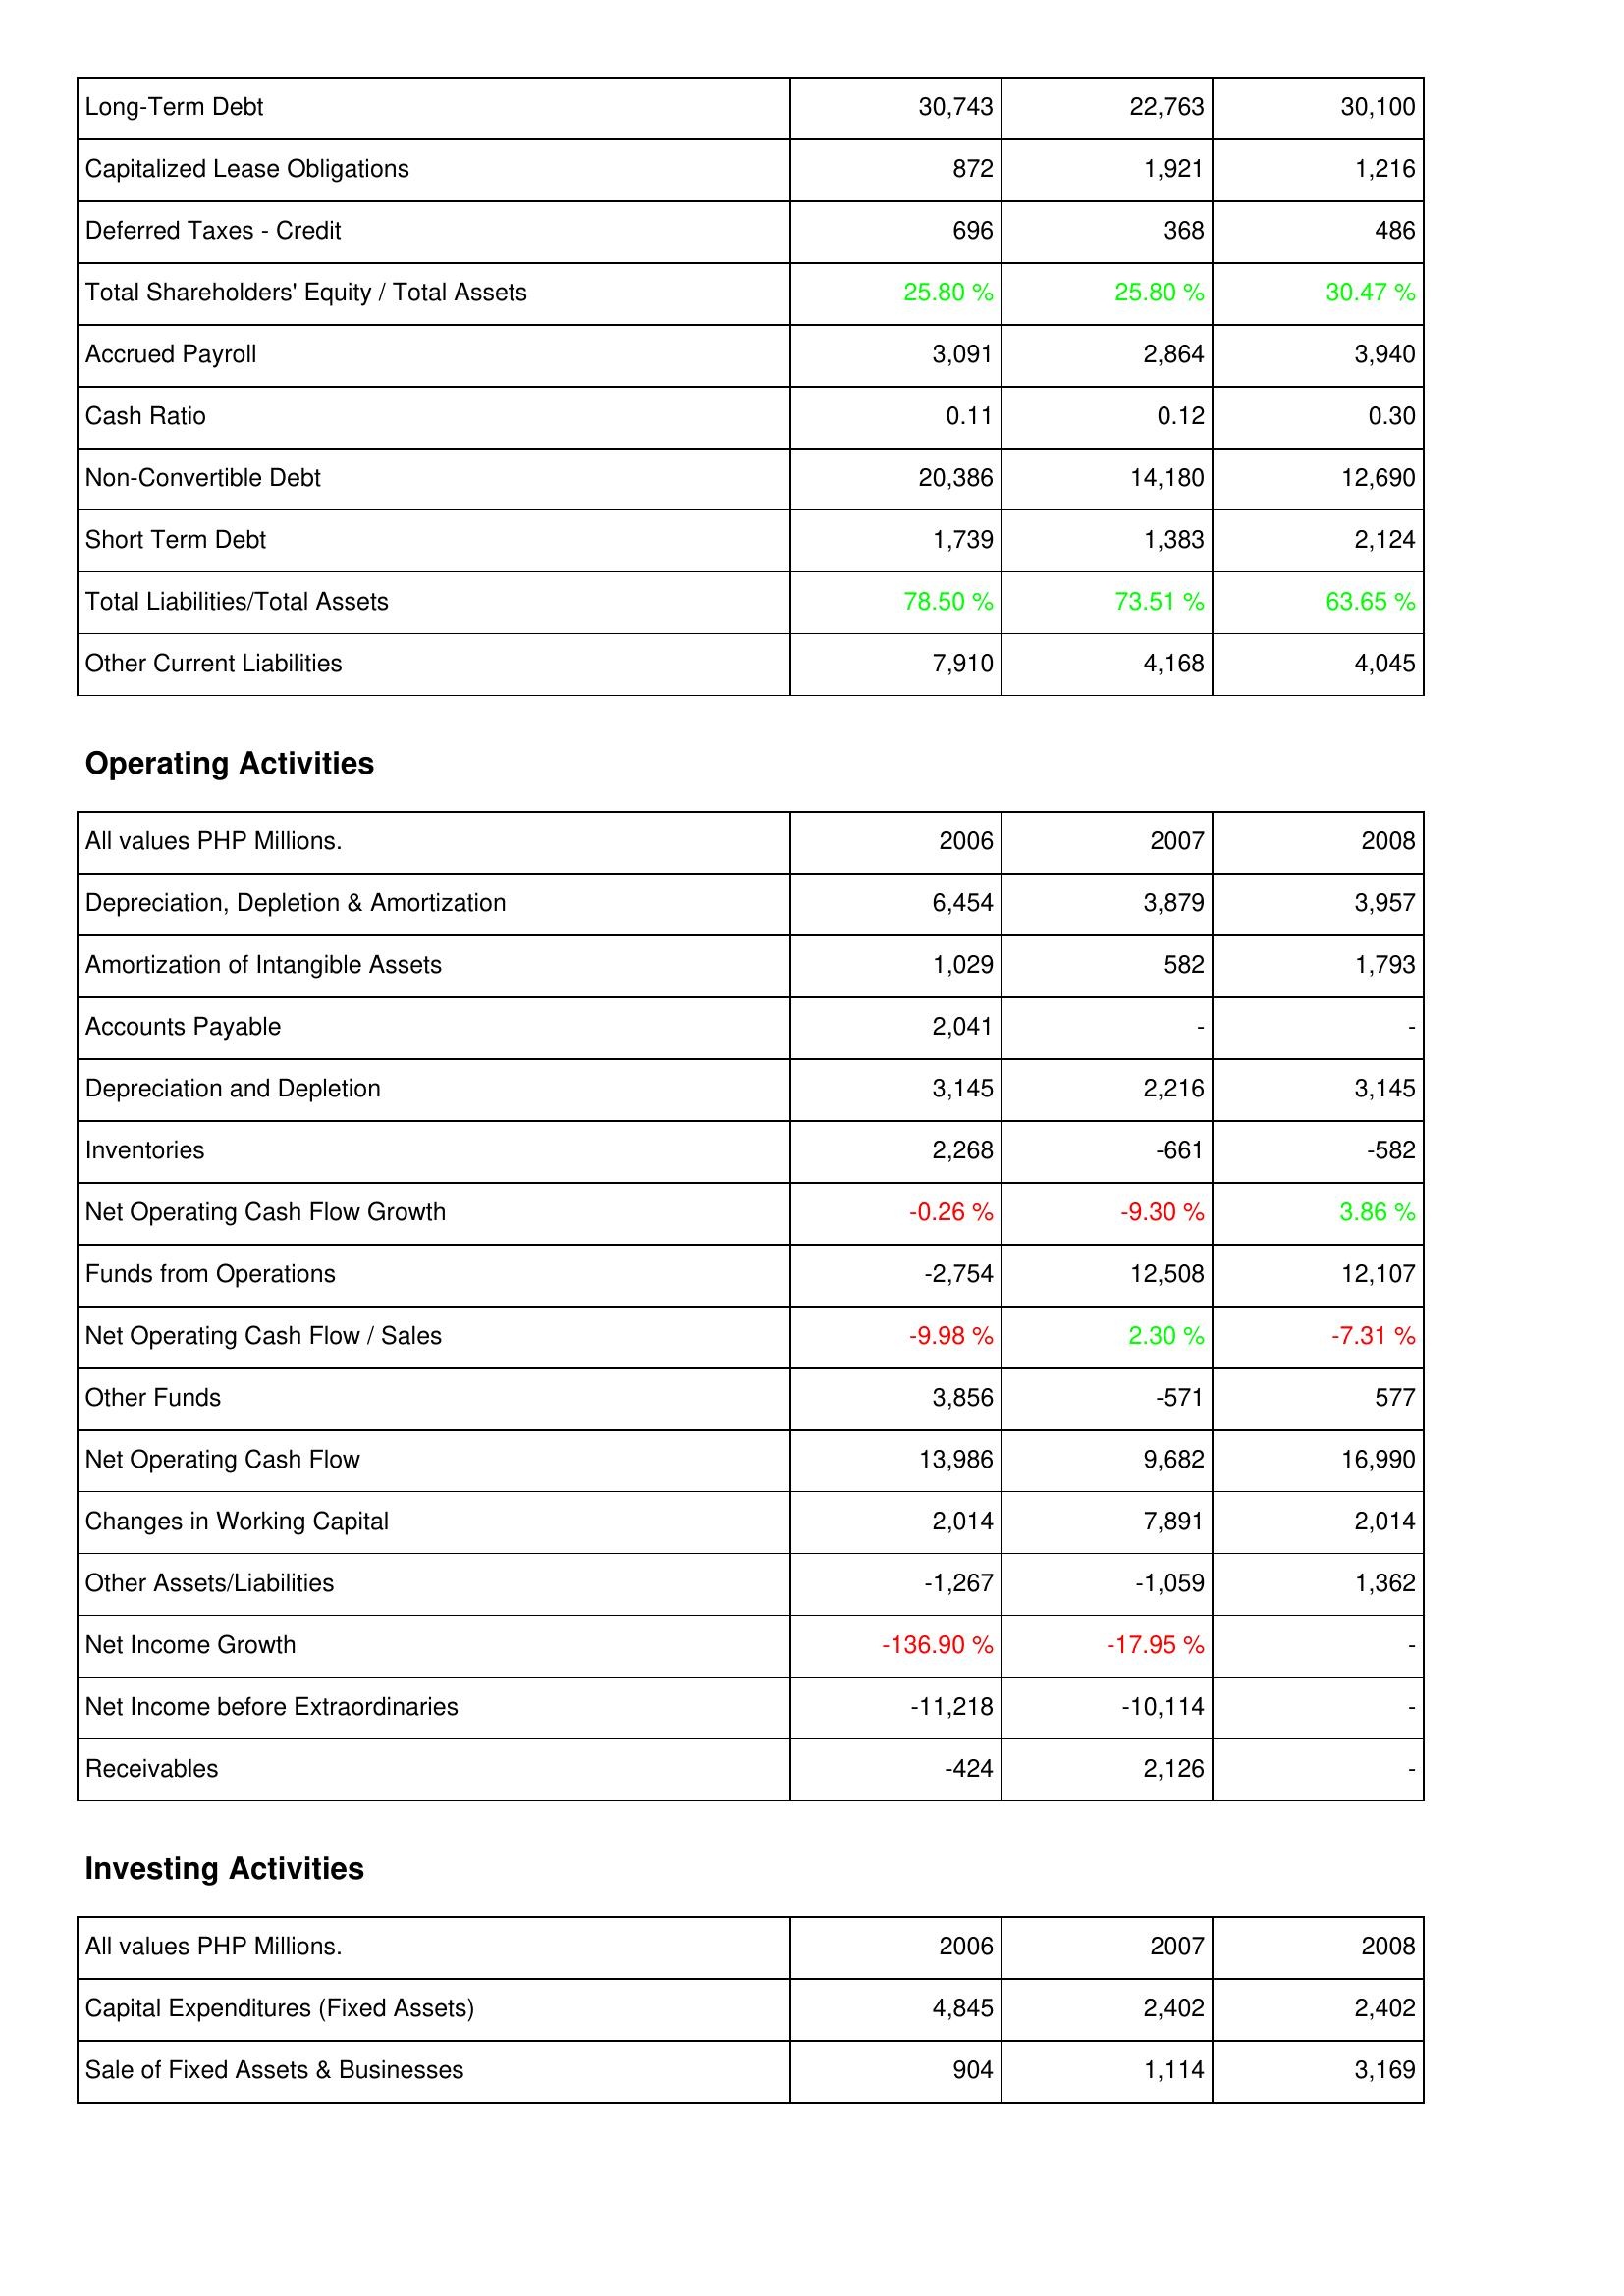
2006: Liabilities & Shareholders' Equity: Long-Term Debt: 30,743
Capitalized Lease Obligations: 872
Deferred Taxes - Credit: 696
Total Shareholders' Equity / Total Assets: 25.80 %
Accrued Payroll: 3,091
Cash Ratio: 0.11
Non-Convertible Debt: 20,386
Short Term Debt: 1,739
Total Liabilities/Total Assets: 78.50 %
Other Current Liabilities: 7,910
Operating Activities: Depreciation, Depletion & Amortization: 6,454
Amortization of Intangible Assets: 1,029
Accounts Payable: 2,041
Depreciation and Depletion: 3,145
Inventories: 2,268
Net Operating Cash Flow Growth: -0.26 %
Funds from Operations: -2,754
Net Operating Cash Flow / Sales: -9.98 %
Other Funds: 3,856
Net Operating Cash Flow: 13,986
Changes in Working Capital: 2,014
Other Assets/Liabilities: -1,267
Net Income Growth: -136.90 %
Net Income before Extraordinaries: -11,218
Receivables: -424
Investing Activities: Capital Expenditures (Fixed Assets): 4,845
Sale of Fixed Assets & Businesses: 904
2007: Liabilities & Shareholders' Equity: Long-Term Debt: 22,763
Capitalized Lease Obligations: 1,921
Deferred Taxes - Credit: 368
Total Shareholders' Equity / Total Assets: 25.80 %
Accrued Payroll: 2,864
Cash Ratio: 0.12
Non-Convertible Debt: 14,180
Short Term Debt: 1,383
Total Liabilities/Total Assets: 73.51 %
Other Current Liabilities: 4,168
Operating Activities: Depreciation, Depletion & Amortization: 3,879
Amortization of Intangible Assets: 582
Accounts Payable: -
Depreciation and Depletion: 2,216
Inventories: -661
Net Operating Cash Flow Growth: -9.30 %
Funds from Operations: 12,508
Net Operating Cash Flow / Sales: 2.30 %
Other Funds: -571
Net Operating Cash Flow: 9,682
Changes in Working Capital: 7,891
Other Assets/Liabilities: -1,059
Net Income Growth: -17.95 %
Net Income before Extraordinaries: -10,114
Receivables: 2,126
Investing Activities: Capital Expenditures (Fixed Assets): 2,402
Sale of Fixed Assets & Businesses: 1,114
2008: Liabilities & Shareholders' Equity: Long-Term Debt: 30,100
Capitalized Lease Obligations: 1,216
Deferred Taxes - Credit: 486
Total Shareholders' Equity / Total Assets: 30.47 %
Accrued Payroll: 3,940
Cash Ratio: 0.30
Non-Convertible Debt: 12,690
Short Term Debt: 2,124
Total Liabilities/Total Assets: 63.65 %
Other Current Liabilities: 4,045
Operating Activities: Depreciation, Depletion & Amortization: 3,957
Amortization of Intangible Assets: 1,793
Accounts Payable: -
Depreciation and Depletion: 3,145
Inventories: -582
Net Operating Cash Flow Growth: 3.86 %
Funds from Operations: 12,107
Net Operating Cash Flow / Sales: -7.31 %
Other Funds: 577
Net Operating Cash Flow: 16,990
Changes in Working Capital: 2,014
Other Assets/Liabilities: 1,362
Net Income Growth: -
Net Income before Extraordinaries: -
Receivables: -
Investing Activities: Capital Expenditures (Fixed Assets): 2,402
Sale of Fixed Assets & Businesses: 3,169